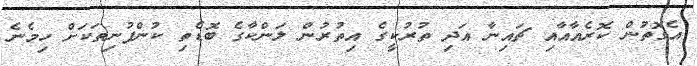
އެގޮތުން ކޮރެއާއާއި ޗައިނާ އަދި ތުރުކީގެ އިތުރުން ލަންކާގެ ބޮޑެތި ކުންފުނިތަކަށް ހިމެނެ